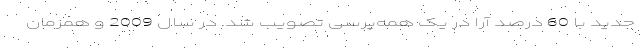
جدید با 60 درصد آرا در یک همه‌پرسی تصویب شد. در سال 2009 و همزمان